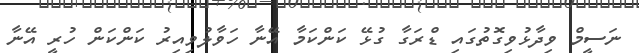
ނަސީމް ވިދާޅުވިގޮތުގައި ޑްރަގާ ގުޅޭ ކަންކަމާ އޭނާ ހަވާލުވިއިރު ކަންކަން ހުރީ އޭނާ